Scottish Leaving Certificate Examination, 1956
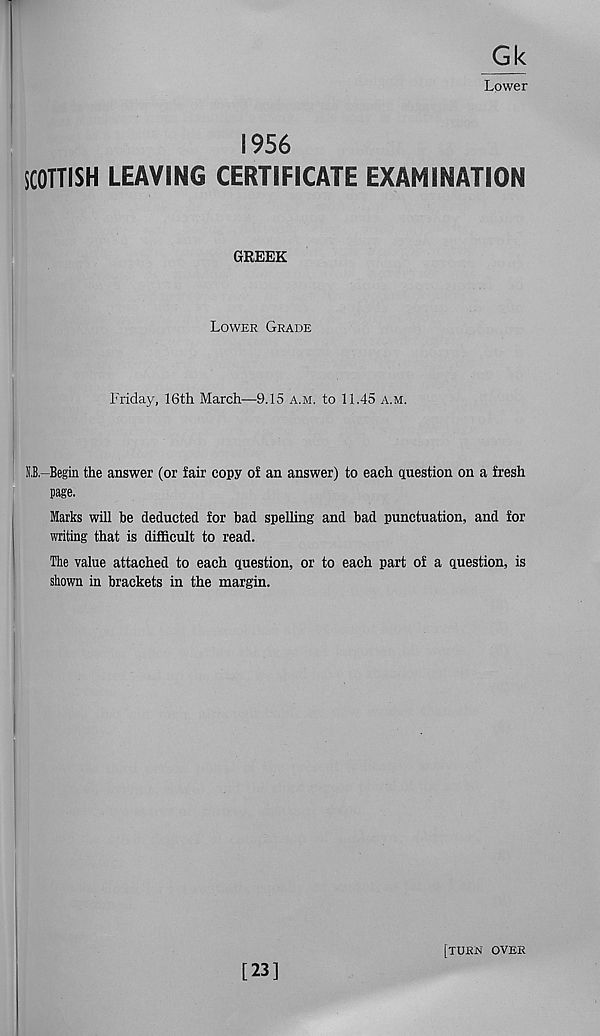
Gk
Lower
1956
SCOTTISH LEAVING CERTIFICATE EXAMINATION
GREEK
Lower Grade
Friday, 16th March—9.15 a.m. to 11.45 a.m.
B-Begin the answer (or fair copy of an answer) to each question on a fresh
page.
Marks will be deducted for bad spelling and bad punctuation, and for
writing that is difficult to read.
The value attached to each question, or to each part of a question, is
shown in brackets in the margin.
[23]
[turn over